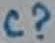
Text: C?